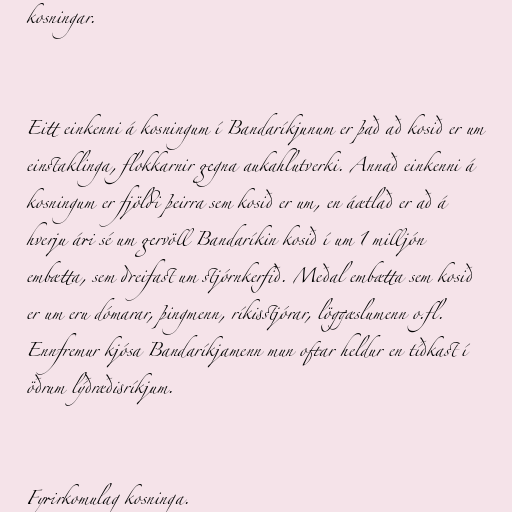
kosningar.

Eitt einkenni á kosningum í Bandaríkjunum er það að kosið er um
einstaklinga, flokkarnir gegna aukahlutverki. Annað einkenni á
kosningum er fjöldi þeirra sem kosið er um, en áætlað er að á
hverju ári sé um gervöll Bandaríkin kosið í um 1 milljón
embætta, sem dreifast um stjórnkerfið. Meðal embætta sem kosið
er um eru dómarar, þingmenn, ríkisstjórar, löggæslumenn o.fl.
Ennfremur kjósa Bandaríkjamenn mun oftar heldur en tíðkast í
öðrum lýðræðisríkjum.

Fyrirkomulag kosninga.